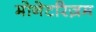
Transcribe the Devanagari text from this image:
मोनेटरिज़म